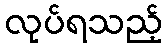
လုပ်ရသည့်